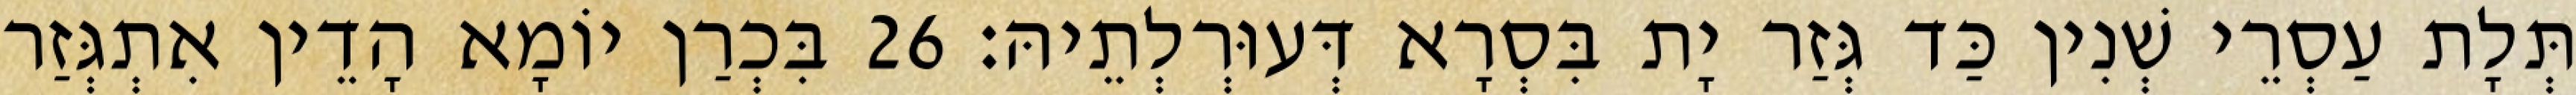
תְּלָת עַסְרֵי שְׁנִין כַּד גְּזַר יָת בִּסְרָא דְּעוּרְלְתֵיהּ׃ 26 בִּכְרַן יוֹמָא הָדֵין אִתְגְּזַר